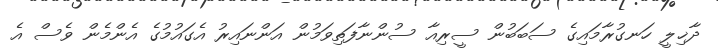
ދާޚިލީ ހަނގުރާމައިގެ ސަބަބުން ސީރިއާ ސުންނާފަތިވަމުން އަންނައިރު އެގައުމުގެ އެންމެން ވެސް އެ